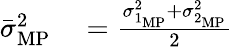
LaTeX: \begin{array}{rl}{\bar{\sigma}_{\mathrm{MP}}^{2}}&{{}=\frac{\sigma_{1_{\mathrm{MP}}}^{2}+\sigma_{2_{\mathrm{MP}}}^{2}}{2}}\end{array}